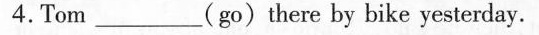
4.Tom ___ (go)there by bike yesterday.